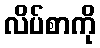
လိပ်စာကို